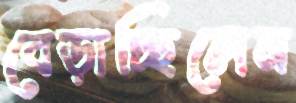
বেড়াচ্ছিলেন